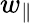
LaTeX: w_{\parallel}